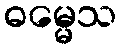
ဓမ္မေသ